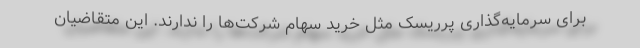
برای سرمایه‌گذاری پرریسک مثل خرید سهام شرکت‌ها را ندارند. این متقاضیان